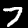
Label: 7